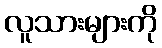
လူသားများကို